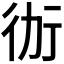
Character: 𭄤